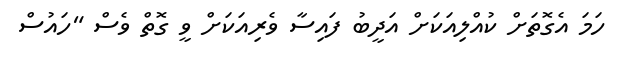
ހަމަ އެގޮތަށް ކުއްލިއަކަށް އަދީބު ފައިސާ ވެރިއަކަށް ވީ ގޮތް ވެސް "ހައުސް